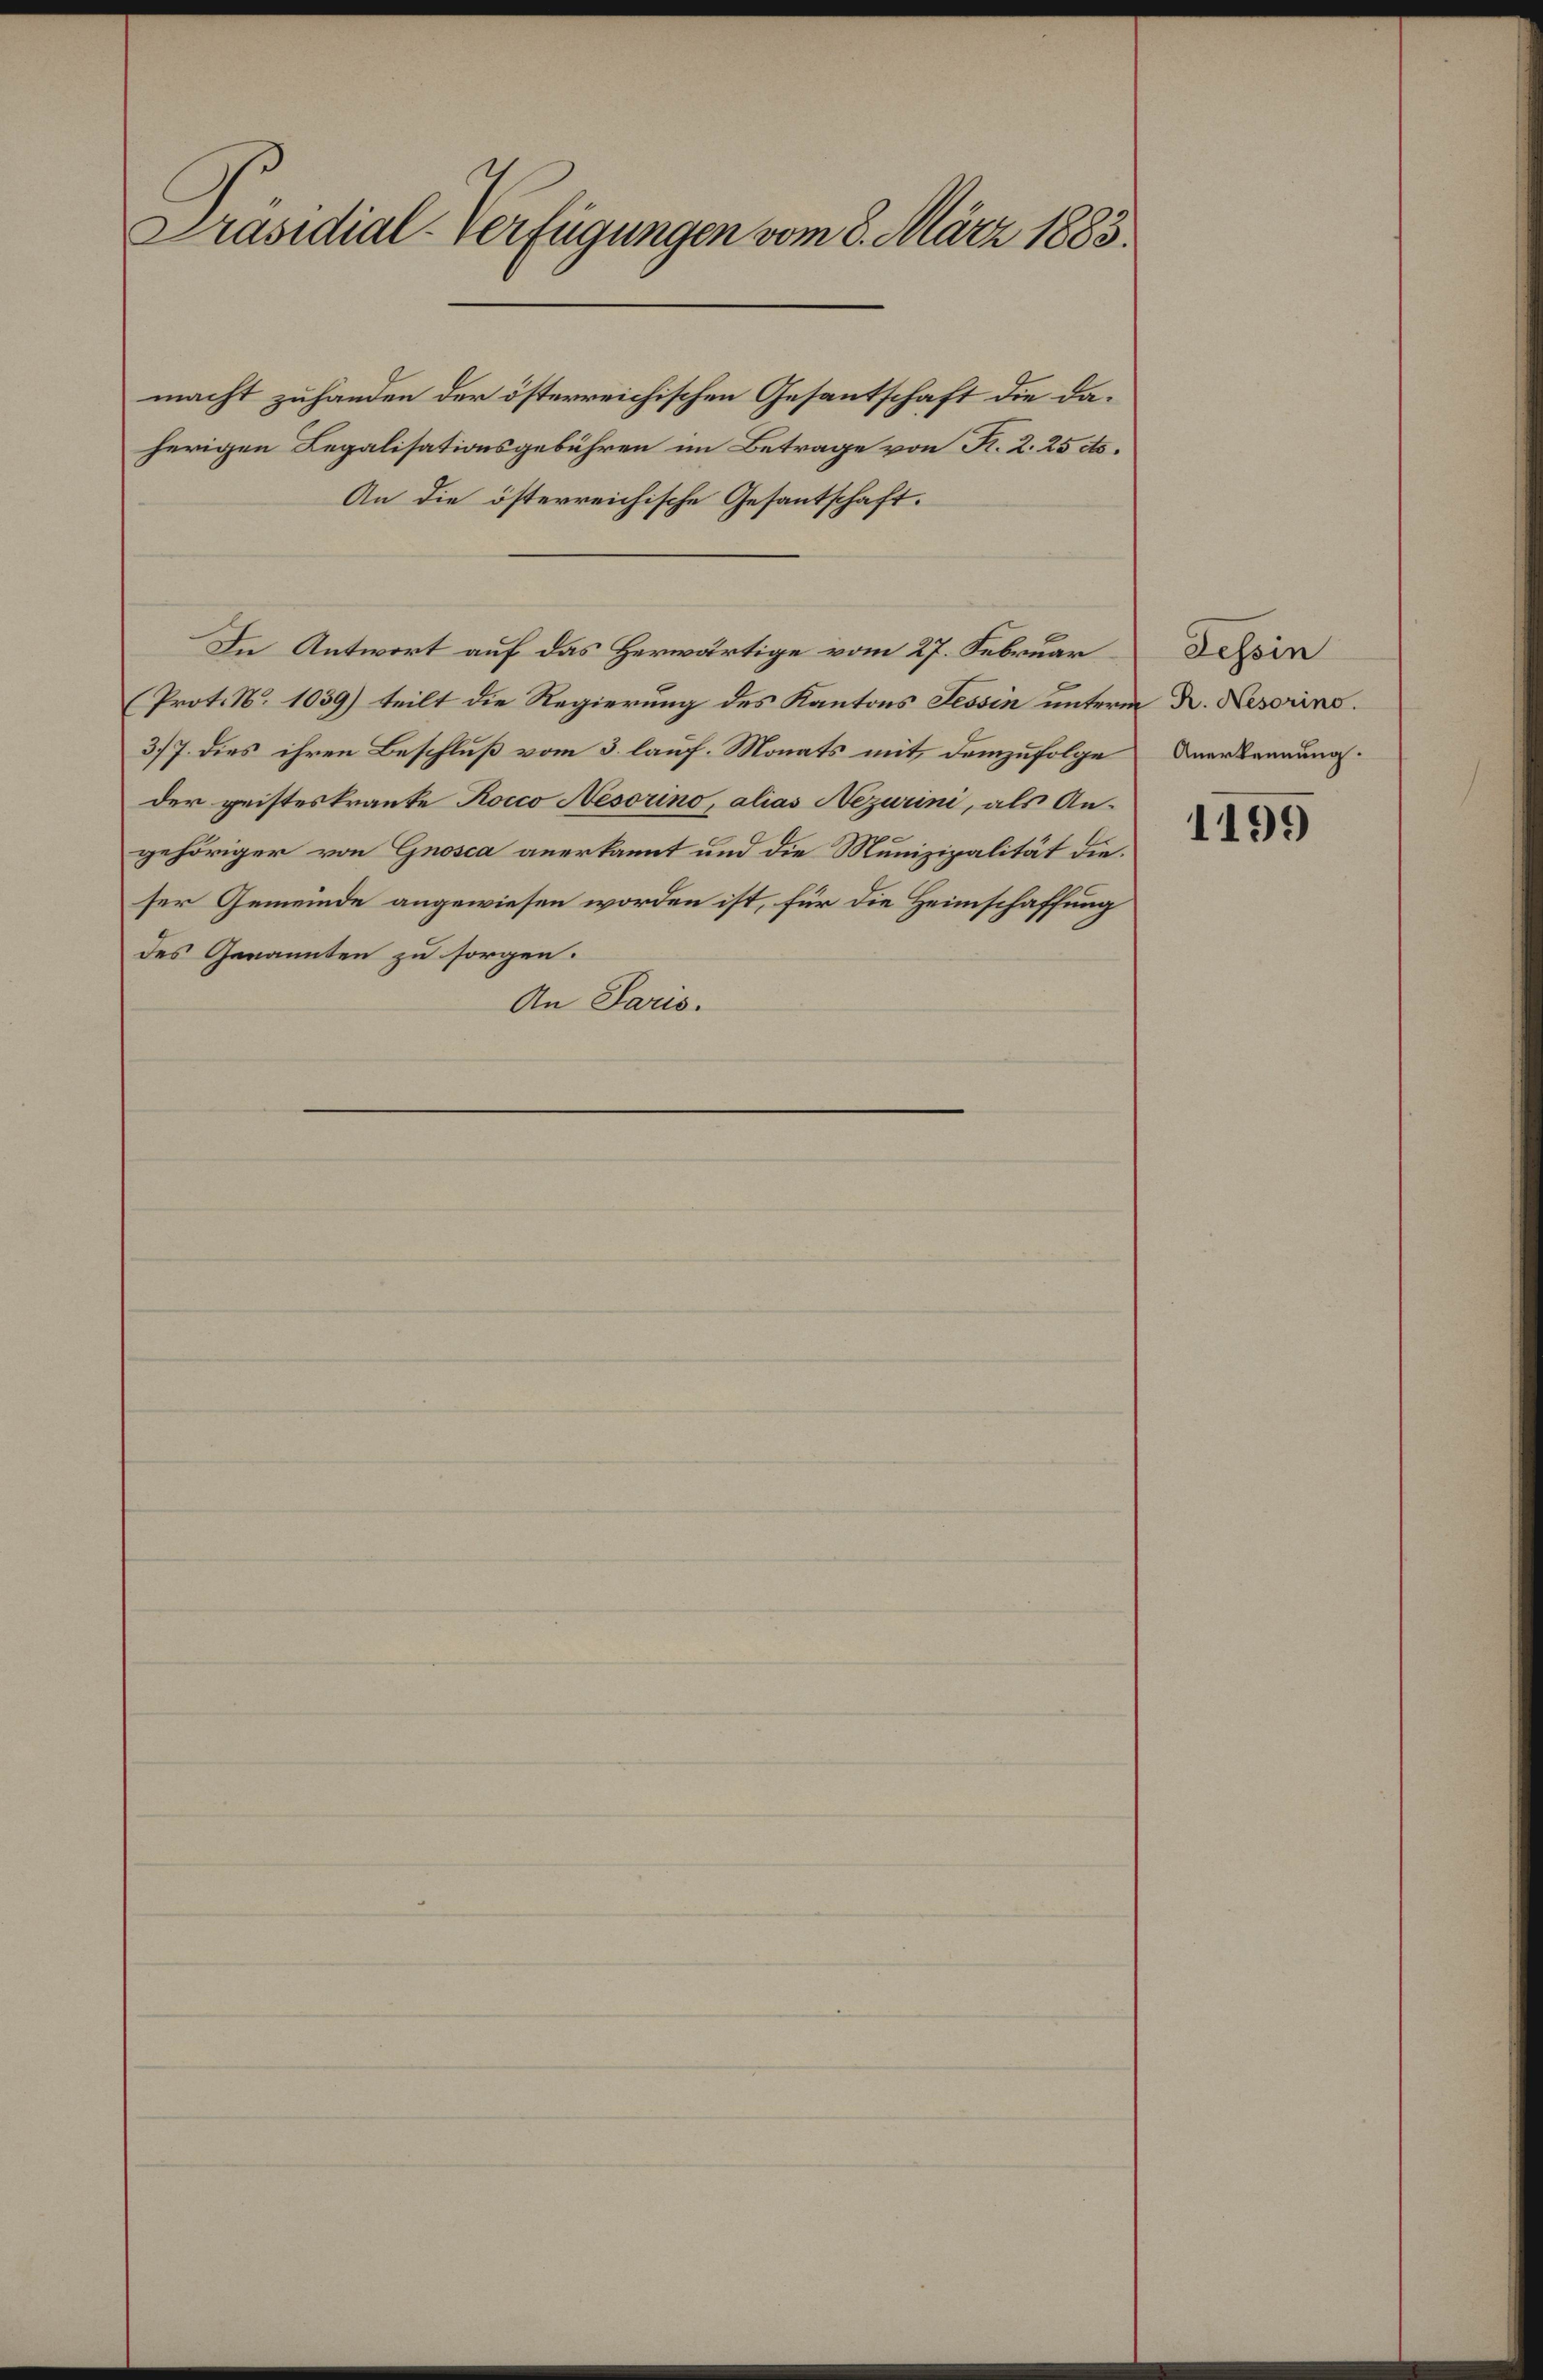
Präsidial-Verfügungen vom 8. März 1883.

macht zuhanden der österreichischen Gesantschaft die daherigen Legalisationsgebühren im Betrage von R. 2. 25 etc.
An die österreichische Gesantschaft.
In Antwort auf das Herwärtige vom 27. Februar
(Prot. No 1039) teilt die Regierung des Kantons Tessin unterm 2. Nesorins.
3/7. dies ihren Beschluß vom 3. lauf. Monats mit demzufolge
der geisteskranke Rocco Nesorino, alias Nezurini, als An-
gehöriger von Gnosca anerkannt und die Munizipalität dieser Gemeinde angewiesen worden ist, für die Heimschaffung
des Genannten zu sorgen.
An Paris.

Tessin
Anerkennung.

1199